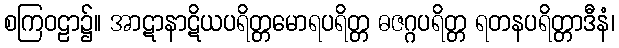
စကြဝဠာ၌။ အာဋာနာဋိယပရိတ္တမောရပရိတ္တ ဓဇဂ္ဂပရိတ္တ ရတနပရိတ္တာဒီနံ၊